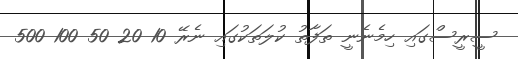
ސީރީސްގައި ހިމެނެނީ ތަފާތު ކުލަތަކުގައި ނެރޭ 10 20 50 100 500